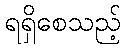
ရရှိစေသည့်